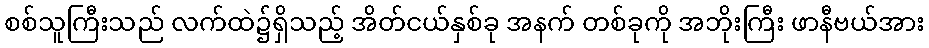
စစ်သူကြီးသည် လက်ထဲ၌ရှိသည့် အိတ်ငယ်နှစ်ခု အနက် တစ်ခုကို အဘိုးကြီး ဖာနီဗယ်အား